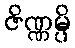
ဇိဏ္ဏမ္ပိ